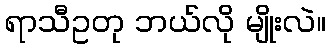
ရာသီဥတု ဘယ်လို မျိုးလဲ။